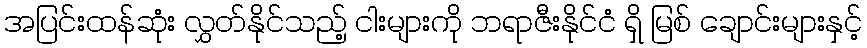
အပြင်းထန်ဆုံး လွှတ်နိုင်သည့် ငါးများကို ဘရာဇီးနိုင်ငံ ရှိ မြစ် ချောင်းများနှင့်